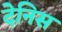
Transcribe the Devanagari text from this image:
देनिस